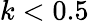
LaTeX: k<0.5